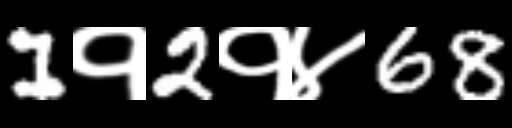
Text: 1१2१४68